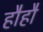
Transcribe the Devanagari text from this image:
हौहौ